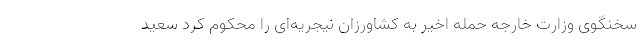
سخنگوی وزارت خارجه حمله اخیر به کشاورزان نیجریه‌ای را محکوم کرد سعید